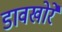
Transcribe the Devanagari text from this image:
डावखोरे